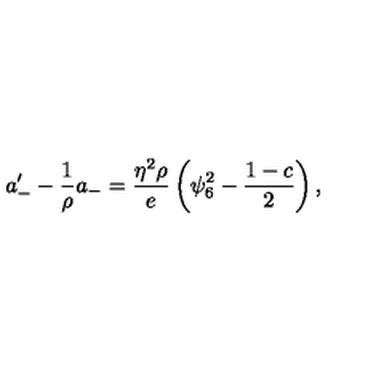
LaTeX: a _ { - } ^ { \prime } - \frac { 1 } { \rho } a _ { - } = \frac { \eta ^ { 2 } \rho } { e } \left( \psi _ { 6 } ^ { 2 } - \frac { 1 - c } { 2 } \right) ,